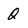
Character: Q